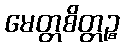
မေတ္တစိတ္တဉ္စ